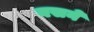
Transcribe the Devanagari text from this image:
वसने